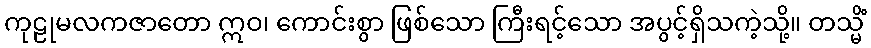
ကုဠုမလကဇာတော ဣဝ၊ ကောင်းစွာ ဖြစ်သော ကြီးရင့်သော အပွင့်ရှိသကဲ့သို့။ တသ္မိံ